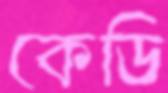
কেডি